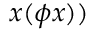
x ( \phi x ) )